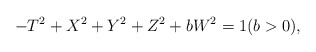
\begin{align*} -T^2+X^2+Y^2+Z^2+bW^2=1 ( b>0),\end{align*}